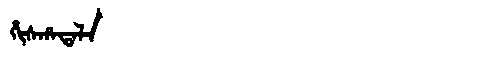
Manchu: ᡥᡳᠰᡥᠠᡨᠠᠯᠠ
Romanization: HISHATALA